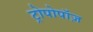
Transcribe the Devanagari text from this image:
ट्रोपोपॉज़